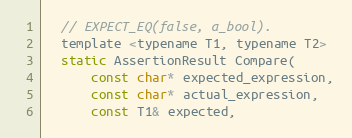
Language: C
  // EXPECT_EQ(false, a_bool).
  template <typename T1, typename T2>
  static AssertionResult Compare(
      const char* expected_expression,
      const char* actual_expression,
      const T1& expected,